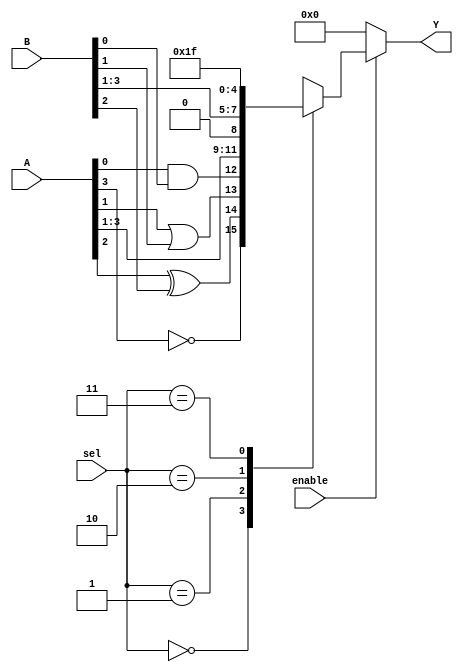
module combinational_logic_block (
    input wire [3:0] A,          // 4-bit input A
    input wire [3:0] B,          // 4-bit input B
    input wire [1:0] sel,        // 2-bit select signal for MUX
    input wire enable,           // Enable signal
    output wire [3:0] Y          // 4-bit output Y
);

// Internal signals
wire [3:0] lut_out;            // Output from LUTs
wire [3:0] mux_out;            // Output from MUX

// Look-Up Table (LUT) implementation
// Example: LUT1 = A AND B, LUT2 = A OR B, LUT3 = A XOR B, LUT4 = NOT A
assign lut_out[0] = A[0] & B[0]; // LUT1: AND
assign lut_out[1] = A[1] | B[1]; // LUT2: OR
assign lut_out[2] = A[2] ^ B[2]; // LUT3: XOR
assign lut_out[3] = ~A[3];       // LUT4: NOT

// Multiplexer to select output based on 'sel' signal
always @(*) begin
    case (sel)
        2'b00: mux_out = lut_out;         // Select LUT output
        2'b01: mux_out = {A[3:1], 1'b0};   // Example: Select modified A
        2'b10: mux_out = {B[3:1], 1'b1};   // Example: Select modified B
        2'b11: mux_out = 4'b1111;          // Example: Select constant value
        default: mux_out = 4'b0000;        // Default case
    endcase
end

// Enable control for output
assign Y = enable ? mux_out : 4'b0000; // If enabled, output mux_out; else output 0

endmodule